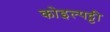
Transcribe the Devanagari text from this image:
कोइल्पट्टी